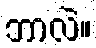
ဘာလဲ။